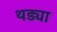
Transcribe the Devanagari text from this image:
थड्या